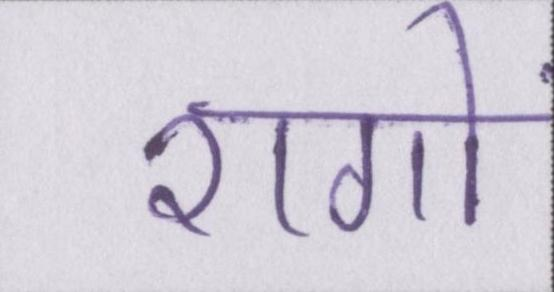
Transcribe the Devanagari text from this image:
रागों